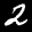
Label: 2